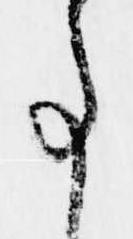
事